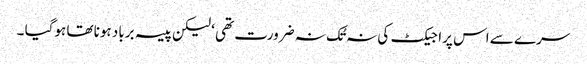
سرے سے اس پراجیکٹ کی نہ تُک نہ ضرورت تھی ‘ لیکن پیسہ برباد ہونا تھا ہوگیا ۔